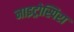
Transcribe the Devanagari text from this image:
नाइट्रोस्पिरा